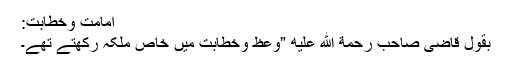
امامت وخطابت:
بقول قاضی صاحب رحمة الله عليه ”وعظ وخطابت میں خاص ملکہ رکھتے تھے۔